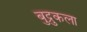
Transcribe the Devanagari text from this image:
बुद्रुकला